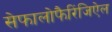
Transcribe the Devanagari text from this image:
सेफालोफैरिंजिऐल